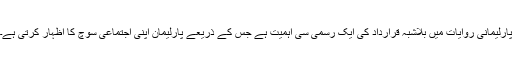
پارلیمانی روایات میں بلاشبہ قرارداد کی ایک رسمی سی اہمیت ہے جس کے ذریعے پارلیمان اپنی اجتماعی سوچ کا اظہار کرتی ہے۔